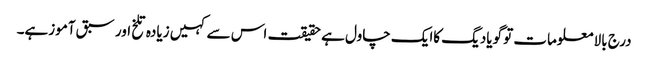
درج بالا معلومات تو گویادیگ کاایک چاول ہے حقیقت اس سے کہیں زیادہ تلخ اور سبق آموزہے۔